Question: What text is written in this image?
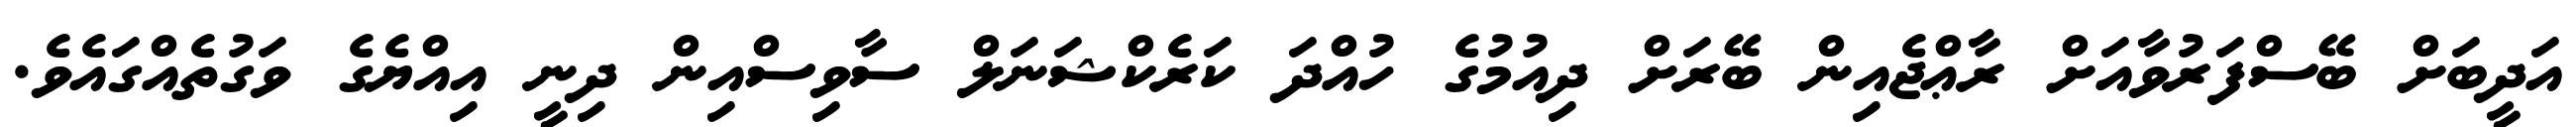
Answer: އަދީބަށް ބޭސްފަރުވާއަށް ރާޢްޖެއިން ބޭރަށް ދިއުމުގެ ހުއްދަ ކަރެކްޝަނަލް ސާވިސްއިން ދިނީ އިއްޔެގެ ވަގުތެއްގައެވެ.